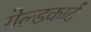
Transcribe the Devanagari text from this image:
गेल्डकार्ट